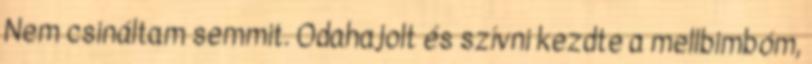
Nem csináltam semmit. Odahajolt és szívni kezdte a mellbimbóm,